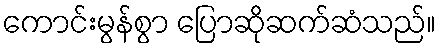
ကောင်းမွန်စွာ ပြောဆိုဆက်ဆံသည်။